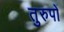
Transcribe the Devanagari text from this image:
तुरुपों